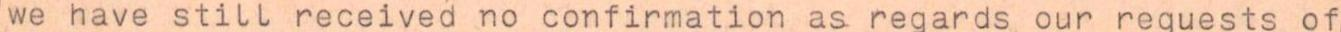
we have still received no confirmation as regards our reguests of